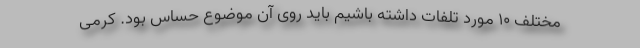
مختلف ۱۰ مورد تلفات داشته باشیم باید روی آن موضوع حساس بود. کرمی